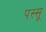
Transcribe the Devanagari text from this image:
पस्सू